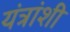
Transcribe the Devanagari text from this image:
यंत्रांशी